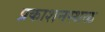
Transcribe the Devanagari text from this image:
प्रकाशनस्थळ